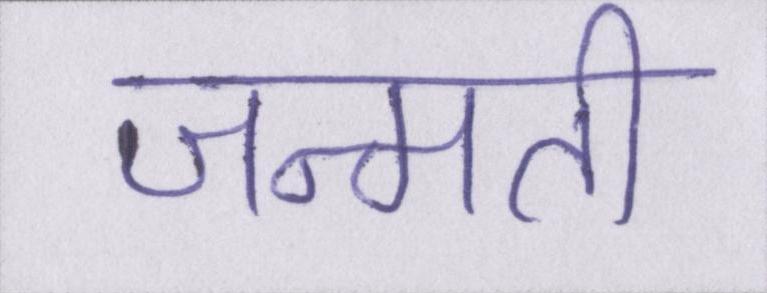
जन्मती